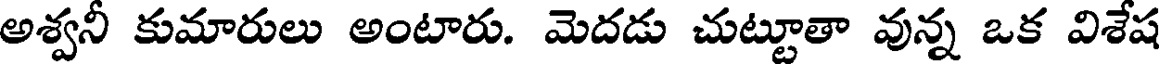
అశ్వనీ కుమారులు అంటారు. మెదడు చుట్టూతా వున్న ఒక విశేష